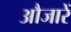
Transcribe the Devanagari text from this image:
औजारें